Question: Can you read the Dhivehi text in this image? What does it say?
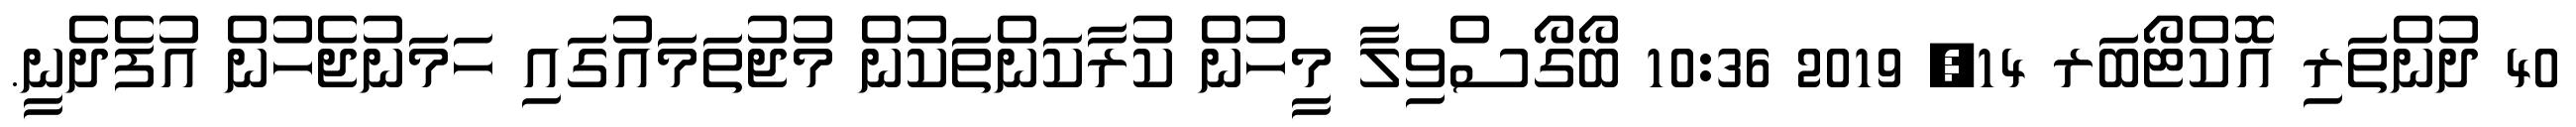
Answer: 40 ދުންތަރި އޮކްޓޯބަރ 14, 2019 10:36 ބޯގޯސްވިލާ މީހުން ކުރާކަންތަކުން މުޖުތަމައުގައި ހަމަނުޖެހުން އުފެދެނީ.